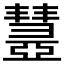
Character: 𢑹